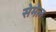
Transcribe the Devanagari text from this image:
सेमेल